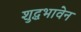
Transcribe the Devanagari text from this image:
शुद्धभावेन